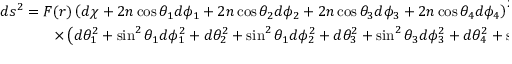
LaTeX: \begin{array} { c } { { d s ^ { 2 } = F ( r ) \left( d \chi + 2 n \cos \theta _ { 1 } d \phi _ { 1 } + 2 n \cos \theta _ { 2 } d \phi _ { 2 } + 2 n \cos \theta _ { 3 } d \phi _ { 3 } + 2 n \cos \theta _ { 4 } d \phi _ { 4 } \right) ^ { 2 } + \frac { d r ^ { 2 } } { F ( r ) } + ( r ^ { 2 } - n ^ { 2 } ) } } \\ { { \times \left( d \theta _ { 1 } ^ { 2 } + \sin ^ { 2 } \theta _ { 1 } d \phi _ { 1 } ^ { 2 } + d \theta _ { 2 } ^ { 2 } + \sin ^ { 2 } \theta _ { 1 } d \phi _ { 2 } ^ { 2 } + d \theta _ { 3 } ^ { 2 } + \sin ^ { 2 } \theta _ { 3 } d \phi _ { 3 } ^ { 2 } + d \theta _ { 4 } ^ { 2 } + \sin ^ { 2 } \theta _ { 4 } d \phi _ { 4 } ^ { 2 } \right) } } \end{array}